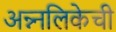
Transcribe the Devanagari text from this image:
अन्न्नलिकेची